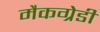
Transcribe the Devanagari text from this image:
मैकग्रेडी